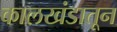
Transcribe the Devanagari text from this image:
कालखंडातून